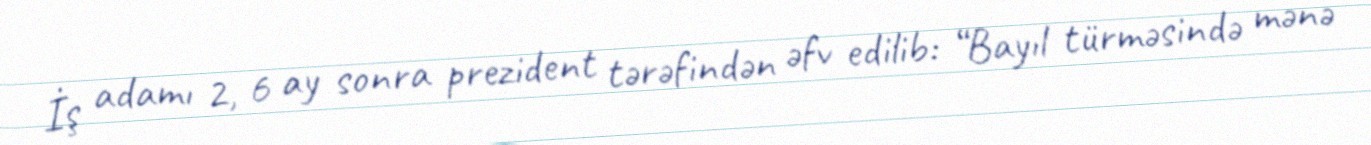
İş adamı 2, 6 ay sonra prezident tərəfindən əfv edilib: “Bayıl türməsində mənə